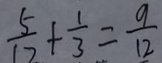
\frac { 5 } { 1 2 } + \frac { 1 } { 3 } = \frac { 9 } { 1 2 }